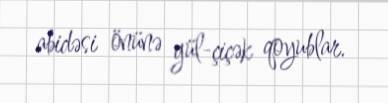
abidəsi önünə gül-çiçək qoyublar.